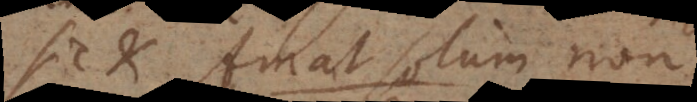
Sic et Amat solum non